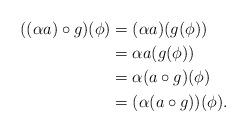
LaTeX: \begin{align*}((\alpha a) \circ g)(\phi) &= (\alpha a)(g(\phi)) \\ &= \alpha a(g(\phi)) \\ &= \alpha (a \circ g)(\phi) \\ &= (\alpha (a \circ g))(\phi).\end{align*}